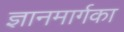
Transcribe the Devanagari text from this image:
ज्ञानमार्गका